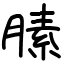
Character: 膆